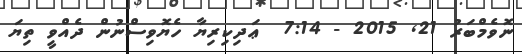
ނޮވެމްބަރު 21